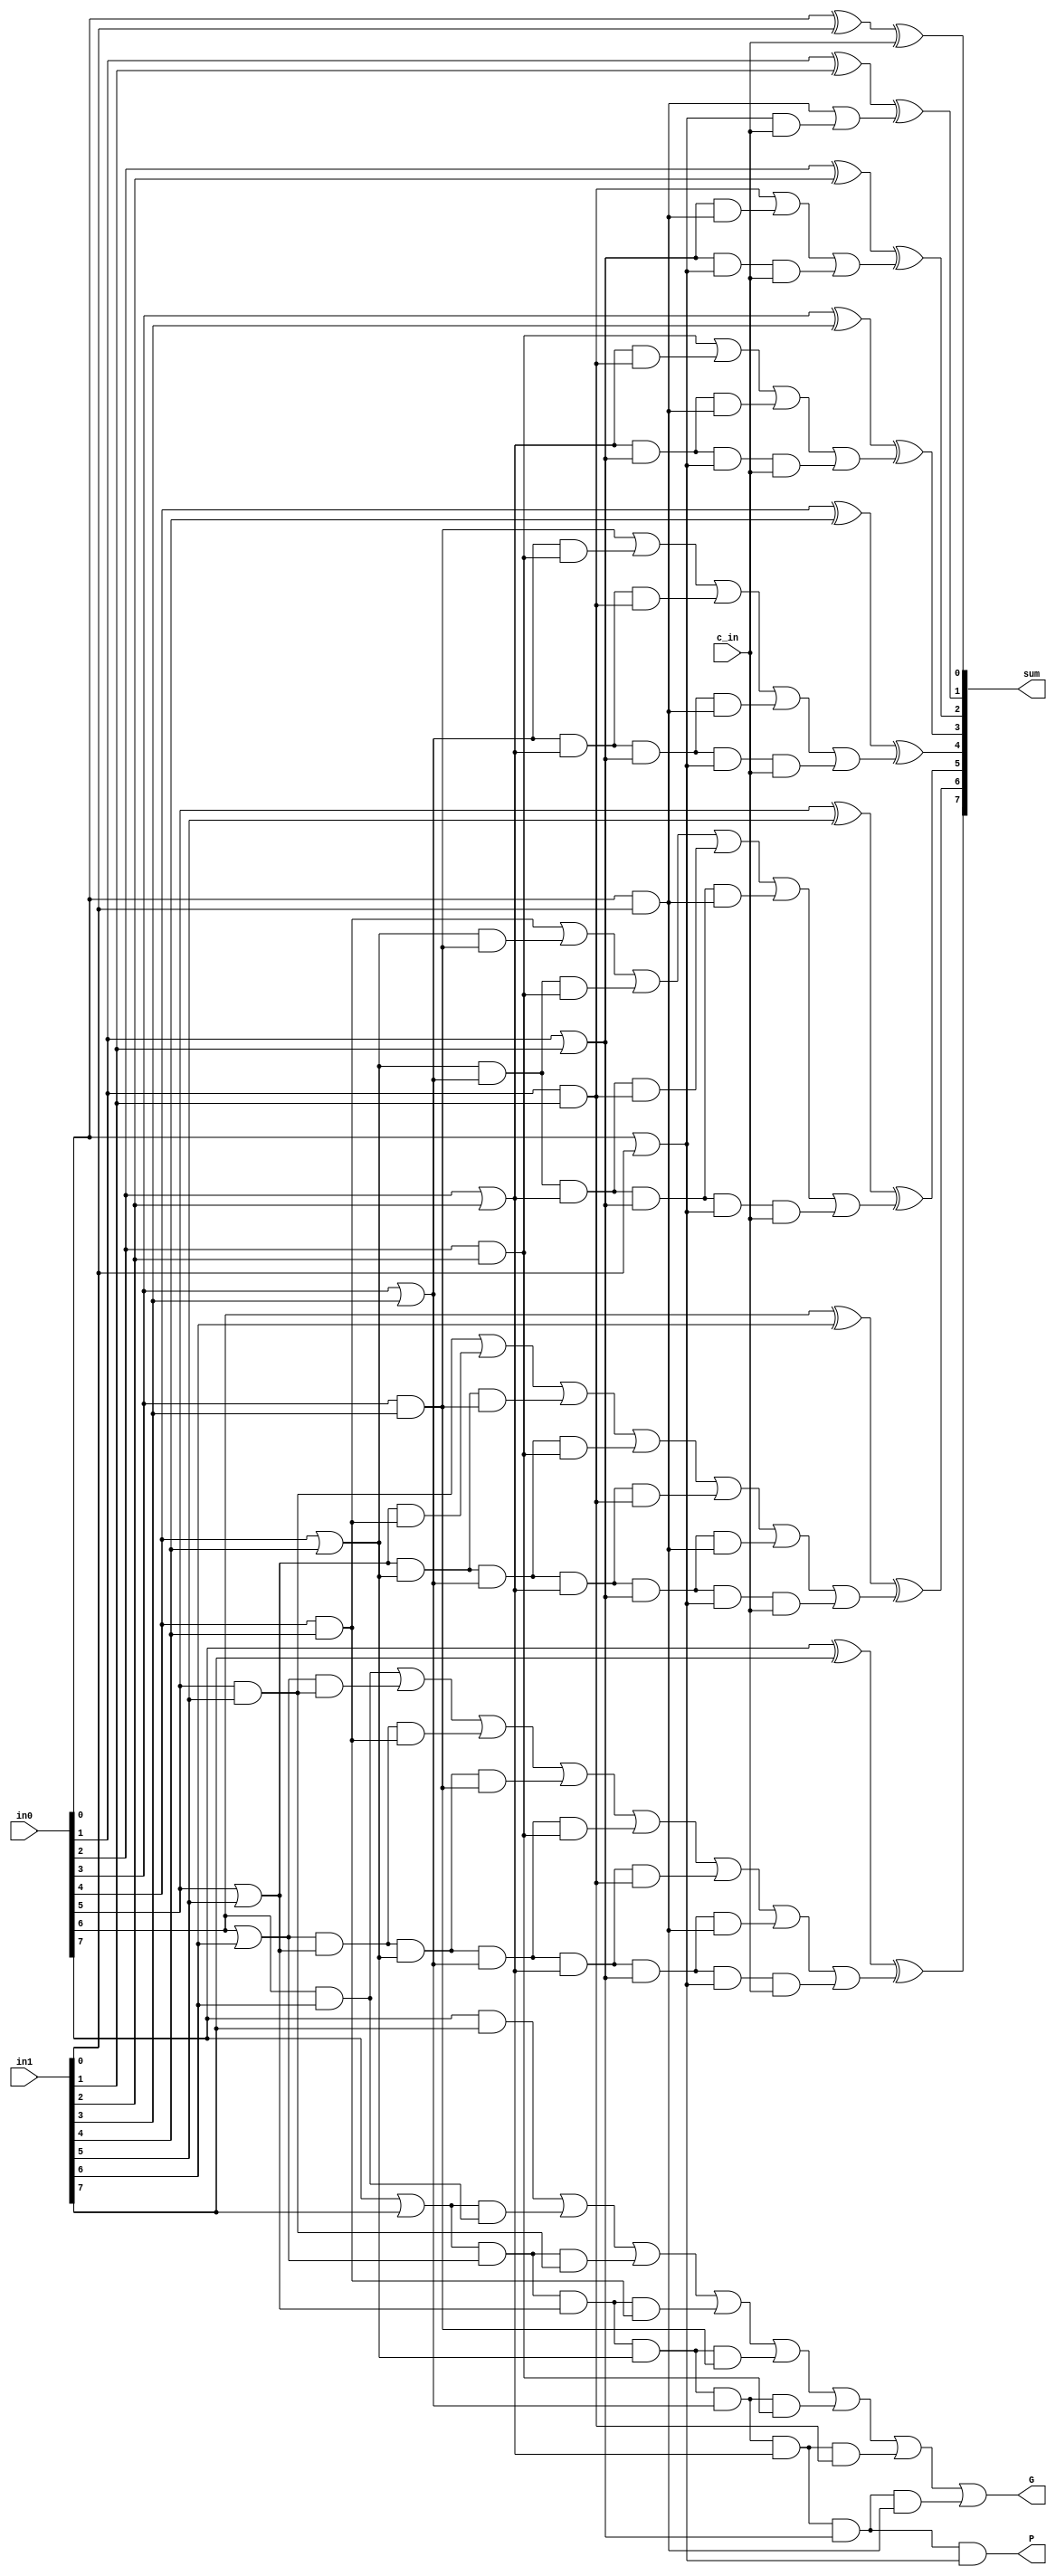
module adder_eight(in0, in1, c_in, sum, P, G);

	input [7:0] in0, in1;
	input c_in;

	output [7:0] sum;
	output P, G;

	// create p/g constants
	wire g_0, p_0, g_1, p_1, g_2, p_2, g_3, p_3, g_4, p_4, 
		g_5, p_5, g_6, p_6, g_7, p_7;
	and my_g_0(g_0, in0[0], in1[0]);
	or my_p_0(p_0, in0[0], in1[0]);
	and my_g_1(g_1, in0[1], in1[1]);
	or my_p_1(p_1, in0[1], in1[1]);
	and my_g_2(g_2, in0[2], in1[2]);
	or my_p_2(p_2, in0[2], in1[2]);
	and my_g_3(g_3, in0[3], in1[3]);
	or my_p_3(p_3, in0[3], in1[3]);
	and my_g_4(g_4, in0[4], in1[4]);
	or my_p_4(p_4, in0[4], in1[4]);
	and my_g_5(g_5, in0[5], in1[5]);
	or my_p_5(p_5, in0[5], in1[5]);
	and my_g_6(g_6, in0[6], in1[6]);
	or my_p_6(p_6, in0[6], in1[6]);
	and my_g_7(g_7, in0[7], in1[7]);
	or my_p_7(p_7, in0[7], in1[7]);

	wire c1, c2, c3, c4, c5, c6, c7;

	// c1 = g_0 + p_0c_0
	wire temp1;
	and my_temp1_and(temp1, p_0, c_in);
	or my_temp1_null(c1, g_0, temp1);

	// c2 = g_1 + p_1g_0 + p_1p_0c_0
	wire temp2_a, temp2_b; 
	and my_temp2_a(temp2_a, p_1, g_0);
	and my_temp2_b(temp2_b, p_1, p_0, c_in);
	or my_temp2_null(c2, g_1, temp2_a, temp2_b);

	// c3 = g_2 + p_2g_1 + p_2p_1g_0 + p_2p_1p_0c_0
	wire temp3_a, temp3_b, temp3_c;
	and my_temp3_a(temp3_a, p_2, g_1);
	and my_temp3_b(temp3_b, p_2, p_1, g_0);
	and my_temp3_c(temp3_c, p_2, p_1, p_0, c_in);
	or my_temp3_null(c3, g_2, temp3_a, temp3_b, temp3_c);

	// c4 = g3 + p3g2 + p3p2g1 + p3p2p1g0 + p3p2p1p0c_in
	wire temp4_a, temp4_b, temp4_c, temp4_d;
	and my_temp4_a(temp4_a, p_3, g_2);
	and my_temp4_b(temp4_b, p_3, p_2, g_1);
	and my_temp4_c(temp4_c, p_3, p_2, p_1, g_0);
	and my_temp4_d(temp4_d, p_3, p_2, p_1, p_0, c_in);
	or my_temp4_null(c4, g_3, temp4_a, temp4_b, temp4_c, temp4_d);

	// c5 = g4 + p4g3 + p4p3g2 + p4p3p2g1 + p4p3p2p1g0 + p4p3p2p1p0c_in
	wire temp5_a, temp5_b, temp5_c, temp5_d, temp5_e;
	and my_temp5_a(temp5_a, p_4, g_3);
	and my_temp5_b(temp5_b, p_4, p_3, g_2);
	and my_temp5_c(temp5_c, p_4, p_3, p_2, g_1);
	and my_temp5_d(temp5_d, p_4, p_3, p_2, p_1, g_0);
	and my_temp5_e(temp5_e, p_4, p_3, p_2, p_1, p_0, c_in);
	or my_temp5_null(c5, g_4, temp5_a, temp5_b, temp5_c, temp5_d, temp5_e);

	// c6 = g5 + p5g4 + p5p4g3 + p5p4p3g2 + p5p4p3p2g1 + p5p4p3p2p1g0 
	//      + p5p4p3p2p1p0c_in
	wire temp6_a, temp6_b, temp6_c, temp6_d, temp6_e, temp6_f;
	and my_temp6_a(temp6_a, p_5, g_4);
	and my_temp6_b(temp6_b, p_5, p_4, g_3);
	and my_temp6_c(temp6_c, p_5, p_4, p_3, g_2);
	and my_temp6_d(temp6_d, p_5, p_4, p_3, p_2, g_1);
	and my_temp6_e(temp6_e, p_5, p_4, p_3, p_2, p_1, g_0);
	and my_temp6_f(temp6_f, p_5, p_4, p_3, p_2, p_1, p_0, c_in);
	or my_temp6_null(c6, g_5, temp6_a, temp6_b, temp6_c, temp6_d, temp6_e, temp6_f);

	// c7 = g6 + p6g5 + p6p5g4 + p6p5p4g3 + p6p5p4p3g2 + 
	//      p6p5p4p3p2g1 + p6p5p4p3p2p1g0 + p6p5p4p3p2p1p0c_in
	wire temp7_a, temp7_b, temp7_c, temp7_d, temp7_e, temp7_f, temp7_g;
	and my_temp7_a(temp7_a, p_6, g_5);
	and my_temp7_b(temp7_b, p_6, p_5, g_4);
	and my_temp7_c(temp7_c, p_6, p_5, p_4, g_3);
	and my_temp7_d(temp7_d, p_6, p_5, p_4, p_3, g_2);
	and my_temp7_e(temp7_e, p_6, p_5, p_4, p_3, p_2, g_1);
	and my_temp7_f(temp7_f, p_6, p_5, p_4, p_3, p_2, p_1, g_0);
	and my_temp7_g(temp7_g, p_6, p_5, p_4, p_3, p_2, p_1, p_0, c_in);
	or my_temp7_null(c7, g_6, temp7_a, temp7_b, temp7_c, temp7_d, temp7_e,
					temp7_f, temp7_g);

	// c_out (i.e: c8) composed of G and P
	// G = g7 + p7g6 + p7p6g5 + p7p6p5g4 + p7p6p5p4g3 + 
	//	   p7p6p5p4p3g2 + p7p6p5p4p3p2g1 + p7p6p5p4p3p2p1g0
	// P = p7p6p5p4p3p2p1p0
	// Note: P/G are only input dependent! 
	wire temp8_a, temp8_b, temp8_c, temp8_d, temp8_e, temp8_f, temp8_g;
	and my_temp8_a(temp8_a, p_7, g_6);
	and my_temp8_b(temp8_b, p_7, p_6, g_5);
	and my_temp8_c(temp8_c, p_7, p_6, p_5, g_4);
	and my_temp8_d(temp8_d, p_7, p_6, p_5, p_4, g_3);
	and my_temp8_e(temp8_e, p_7, p_6, p_5, p_4, p_3, g_2);
	and my_temp8_f(temp8_f, p_7, p_6, p_5, p_4, p_3, p_2, g_1);
	and my_temp8_g(temp8_g, p_7, p_6, p_5, p_4, p_3, p_2, p_1, g_0);
	or my_temp8_null(G, g_7, temp8_a, temp8_b, temp8_c, temp8_d, temp8_e, 
					temp8_f, temp8_g);
	and my_temp8_null_2(P, p_7, p_6, p_5, p_4, p_3, p_2, p_1, p_0);

	// calculate sum 
	xor my_xor_0(sum[0], in0[0], in1[0], c_in);
	xor my_xor_1(sum[1], in0[1], in1[1], c1);
	xor my_xor_2(sum[2], in0[2], in1[2], c2);
	xor my_xor_3(sum[3], in0[3], in1[3], c3);
	xor my_xor_4(sum[4], in0[4], in1[4], c4);
	xor my_xor_5(sum[5], in0[5], in1[5], c5);
	xor my_xor_6(sum[6], in0[6], in1[6], c6);
	xor my_xor_7(sum[7], in0[7], in1[7], c7);

endmodule